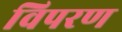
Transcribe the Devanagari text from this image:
विपरण